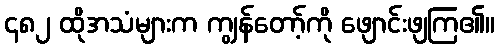
၄၈၂ ထိုအသံများက ကျွန်တော့်ကို ဖျောင်းဖျကြ၏။